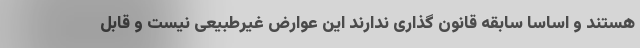
هستند و اساسا سابقه قانون گذاری ندارند این عوارض غیرطبیعی نیست و قابل